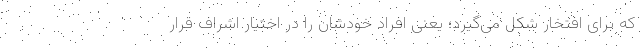
که برای افتخار شکل می‌گیرد؛ یعنی افراد خودشان را در اختیار اشراف قرار